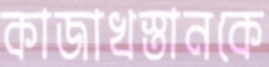
কাজাখস্তানকে